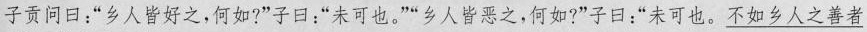
子贡问日：”乡人皆好之，何如?”子曰：”未可也。””乡人皆恶之，何如?”子曰：；”未可也。\underline{不如乡人之善者}